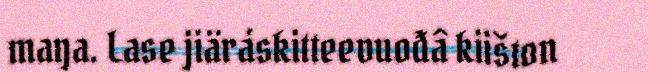
maŋa. Lase jiäráskitteevuođâ kiišton